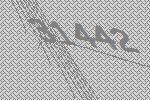
31442